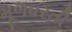
મૂળધરતી